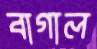
বাগাল